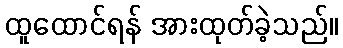
ထူထောင်ရန် အားထုတ်ခဲ့သည်။